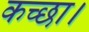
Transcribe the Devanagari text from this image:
कच्छा।